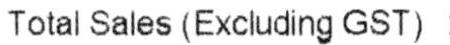
TOTAL SALES (EXCLUDING GST) :